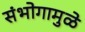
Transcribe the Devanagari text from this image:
संभोगामुळे